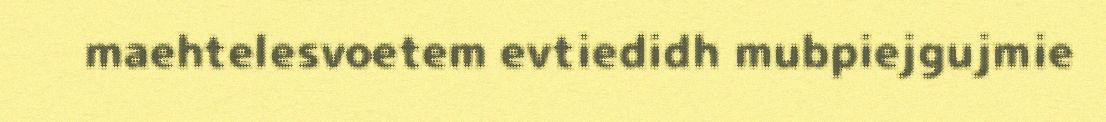
maehtelesvoetem evtiedidh mubpiejgujmie